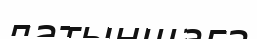
латыншаға